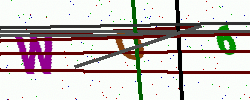
Text: WO6